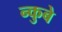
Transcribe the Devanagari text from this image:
न्कुबे